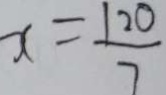
x = \frac { 1 2 0 } { 7 }